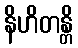
နိဟိတန္တိ